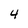
Character: 4